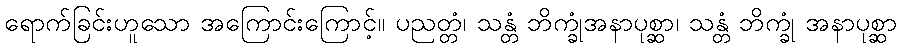
ရောက်ခြင်းဟူသော အကြောင်းကြောင့်။ ပညတ္တံ၊ သန္တံ ဘိက္ခုံအနာပုစ္ဆာ၊ သန္တံ ဘိက္ခုံ အနာပုစ္ဆာ